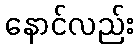
နောင်လည်း